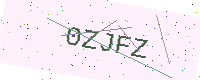
Text: 0ZJFZ